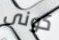
كونى